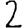
Digit: 2